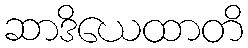
ဆာဒိယေထာတိ